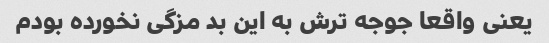
یعنی واقعا جوجه ترش به این بد مزگی نخورده بودم